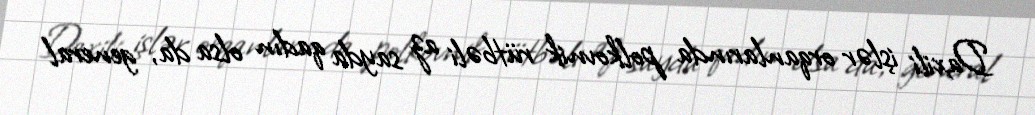
Daxili işlər orqanlarında polkovnik rütbəli az sayda qadın olsa da, general